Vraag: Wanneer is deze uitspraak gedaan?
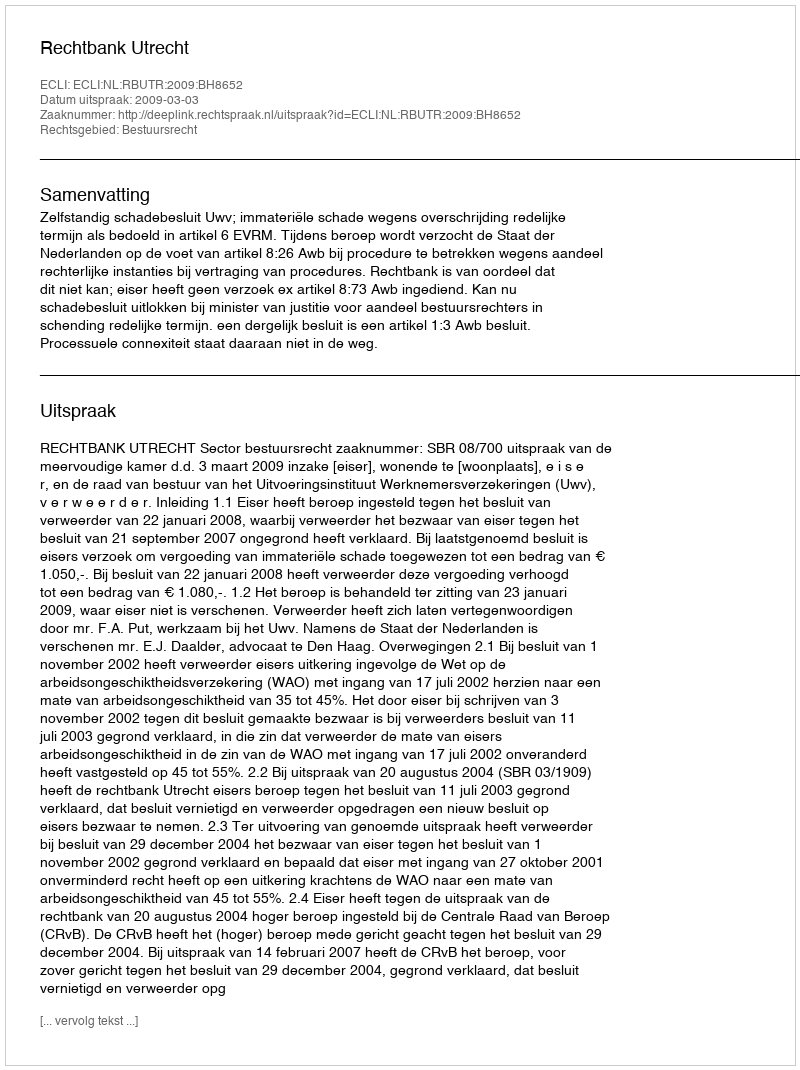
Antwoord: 2009-03-03